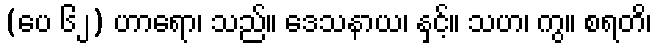
(ပေ ၆၂) ဟာရော၊ သည်။ ဒေသနာယ၊ နှင့်။ သဟ၊ ကွ။ စရတိ၊